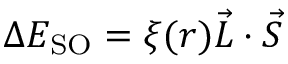
\Delta E _ { \mathrm { S O } } = \xi ( r ) { \vec { L } } \cdot { \vec { S } }